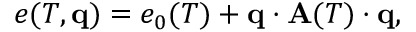
\begin{array} { r } { e ( T , \mathbf q ) = e _ { 0 } ( T ) + \mathbf q \cdot \mathbf A ( T ) \cdot \mathbf q , } \end{array}